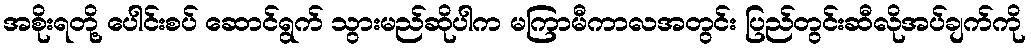
အစိုးရတို့ ပေါင်းစပ် ဆောင်ရွက် သွားမည်ဆိုပါက မကြာမီကာလအတွင်း ပြည်တွင်းဆီလိုအပ်ချက်ကို